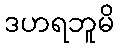
ဒဟရဘူမိ